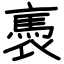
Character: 褭